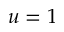
u = 1